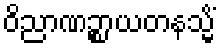
ဝိညာဏဉ္စာယတနသ္မိံ